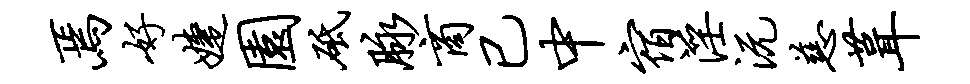
焉好婕园砥脉商已中宿淫沅慈葺